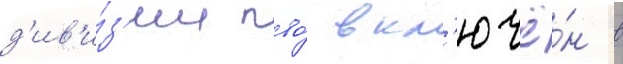
д'ив'и́з'ии пво́ вкл'ючё́н в